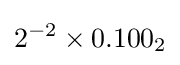
2^{-2}\times 0.100_{2}